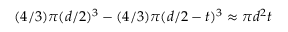
( 4 / 3 ) \pi ( d / 2 ) ^ { 3 } - ( 4 / 3 ) \pi ( d / 2 - t ) ^ { 3 } \approx \pi d ^ { 2 } t